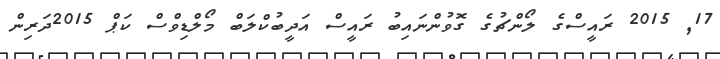
17